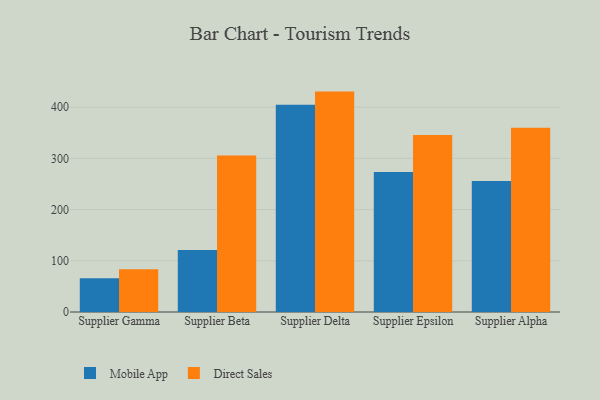
{"axis": {"x": "Supplier", "y": "Revenue (USD Million)"}, "legend": ["Direct Sales", "Mobile App"], "data": [{"x": "Supplier Gamma", "y": 66.0, "type": "Mobile App"}, {"x": "Supplier Gamma", "y": 83.3, "type": "Direct Sales"}, {"x": "Supplier Beta", "y": 121.2, "type": "Mobile App"}, {"x": "Supplier Beta", "y": 305.8, "type": "Direct Sales"}, {"x": "Supplier Delta", "y": 404.5, "type": "Mobile App"}, {"x": "Supplier Delta", "y": 430.4, "type": "Direct Sales"}, {"x": "Supplier Epsilon", "y": 273.5, "type": "Mobile App"}, {"x": "Supplier Epsilon", "y": 345.6, "type": "Direct Sales"}, {"x": "Supplier Alpha", "y": 256.0, "type": "Mobile App"}, {"x": "Supplier Alpha", "y": 360.0, "type": "Direct Sales"}]}